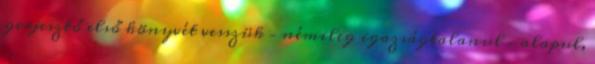
gerjesztő első könyvét vesszük – némileg igazságtalanul – alapul,